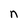
Character: n